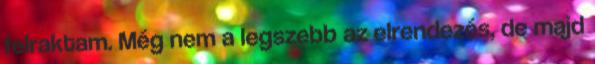
felraktam. Még nem a legszebb az elrendezés, de majd